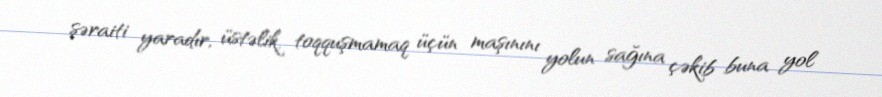
şəraiti yaradır, üstəlik, toqquşmamaq üçün maşınını yolun sağına çəkib buna yol